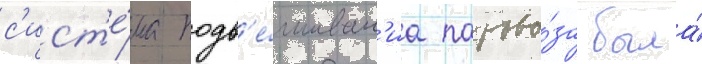
с'ист'е́ма подв'е́шиван'иа парово́за была́